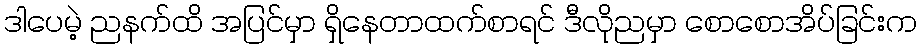
ဒါပေမဲ့ ညနက်ထိ အပြင်မှာ ရှိနေတာထက်စာရင် ဒီလိုညမှာ စောစောအိပ်ခြင်းက